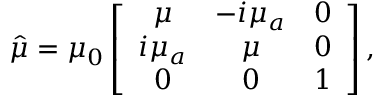
\hat { \mu } = \mu _ { 0 } \left[ \begin{array} { c c c } { { \mu } } & { { - i \mu _ { a } } } & { { 0 } } \\ { { i \mu _ { a } } } & { { \mu } } & { { 0 } } \\ { { 0 } } & { { 0 } } & { { 1 } } \end{array} \right] ,